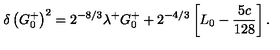
\delta \left( G _ { 0 } ^ { + } \right) ^ { 2 } = 2 ^ { - 8 / 3 } \lambda ^ { + } G _ { 0 } ^ { + } + 2 ^ { - 4 / 3 } \left[ L _ { 0 } - { \frac { 5 c } { 1 2 8 } } \right] .